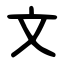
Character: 文